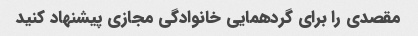
مقصدی را برای گردهمایی خانوادگی مجازی پیشنهاد کنید